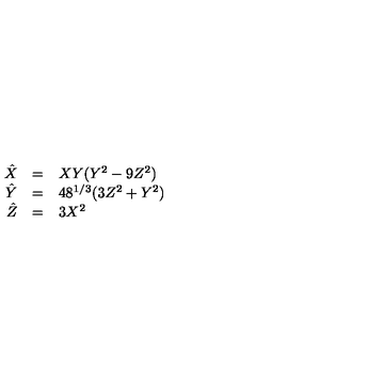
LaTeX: \begin{array} { r c l } { \hat { X } } & { = } & { X Y ( Y ^ { 2 } - 9 Z ^ { 2 } ) } \\ { \hat { Y } } & { = } & { 4 8 ^ { 1 / 3 } ( 3 Z ^ { 2 } + Y ^ { 2 } ) } \\ { \hat { Z } } & { = } & { 3 X ^ { 2 } } \\ \end{array}